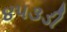
૪૫૩ડી